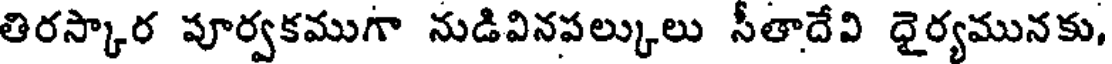
తిరస్కార పూర్వకముగా నుడివినపల్కులు సీతాదేవి ధైర్యమునకు